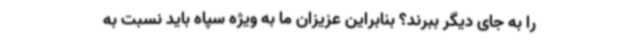
را به جای دیگر ببرند؟ بنابراین عزیزان ما به ویژه سپاه باید نسبت به